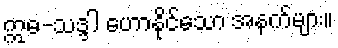
ဣဓ-သဒ္ဒါ ဟောနိုင်သော အနက်များ။